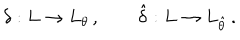
LaTeX: \delta : L \to L _ { \theta } \, , \qquad \hat { \delta } : L \to L _ { \hat { \theta } } \, .